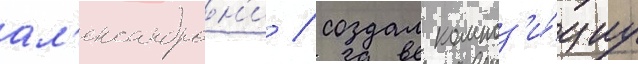
ал'ександрон'и / создал композ'и́циу